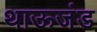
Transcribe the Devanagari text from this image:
थाऊजंड